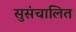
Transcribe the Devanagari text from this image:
सुसंचालित